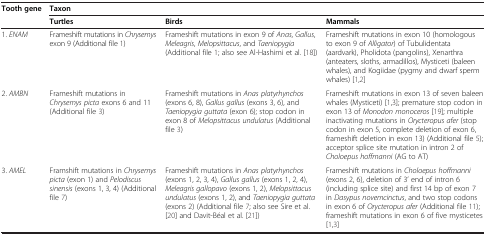
<table><thead><tr><td><b>Tooth gene</b></td><td colspan="3"><b>Taxon</b></td></tr><tr><td><b> </b></td><td><b>Turtles</b></td><td><b>Birds</b></td><td><b>Mammals</b></td></tr></thead><tbody><tr><td>1. <i>ENAM</i></td><td>Frameshift mutations in <i>Chrysemys </i>exon 9 (Additional file 1)</td><td>Frameshift mutations in exon 9 of <i>Anas</i>, <i>Gallus</i>, <i>Meleagris</i>, <i>Melopsittacus</i>, and <i>Taeniopygia</i> (Additional file 1; also see Al-Hashimi et al. [18])</td><td>Frameshift mutations in exon 10 (homologous to exon 9 of <i>Alligator</i>) of Tubulidentata (aardvark), Pholidota (pangolins), Xenarthra (anteaters, sloths, armadillos), Mysticeti (baleen whales), and Kogiidae (pygmy and dwarf sperm whales) [1,2]</td></tr><tr><td>2. <i>AMBN</i></td><td>Frameshift mutations in <i>Chrysemys picta </i>exons 6 and 11 (Additional file 3)</td><td>Frameshift mutations in <i>Anas platyrhynchos </i>(exons 6, 8), <i>Gallus gallus </i>(exons 3, 6), and <i>Taeniopygia guttata</i> (exon 6); stop codon in exon 8 of <i>Melopsittacus undulatus</i> (Additional file 3)</td><td>Frameshift mutations in exon 13 of seven baleen whales (Mysticeti) [1,3]; premature stop codon in exon 13 of <i>Monodon monoceros</i>[19]; multiple inactivating mutations in <i>Orycteropus afer</i> (stop codon in exon 5, complete deletion of exon 6, frameshift deletion in exon 13) (Additional file 5); acceptor splice site mutation in intron 2 of <i>Choloepus hoffmanni </i>(AG to AT)</td></tr><tr><td>3. <i>AMEL</i></td><td>Framshift mutations in <i>Chrysemys picta </i>(exon 1) and <i>Pelodiscus sinensis </i>(exons 1, 3, 4) (Additional file 7)</td><td>Frameshift mutations in <i>Anas platyrhynchos </i>(exons 1, 2, 3, 4), <i>Gallus gallus </i>(exons 1, 2, 4), <i>Meleagris gallopavo</i> (exons 1, 2), <i>Melopsittacus undulatus </i>(exons 1, 2), and <i>Taeniopygia guttata</i> (exons 2) (Additional file 7; also see Sire et al. [20] and Davit-Béal et al. [21])</td><td>Frameshift mutations in <i>Choloepus hoffmanni </i>(exons 2, 6), deletion of 3’ end of intron 6 (including splice site) and first 14 bp of exon 7 in <i>Dasypus novemcinctus</i>, and two stop codons in exon 6 of <i>Orycteropus afer </i>(Additional file 11); frameshift mutations in exon 6 of five mysticetes [1,3]</td></tr></tbody></table>